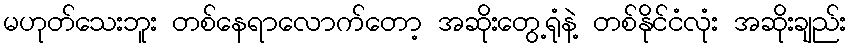
မဟုတ်သေးဘူး တစ်နေရာလောက်တော့ အဆိုးတွေ့ရုံနဲ့ တစ်နိုင်ငံလုံး အဆိုးချည်း